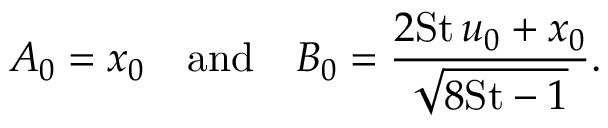
A _ { 0 } = x _ { 0 } ~ ~ ~ \mathrm { a n d } ~ ~ ~ B _ { 0 } = \frac { 2 \mathrm { S t } \, u _ { 0 } + x _ { 0 } } { \sqrt { 8 \mathrm { S t } - 1 } } .